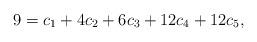
LaTeX: \begin{align*}9 = c_1 + 4c_2 + 6c_3 + 12c_4 + 12 c_5,\end{align*}